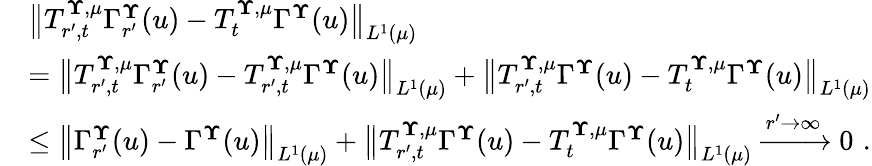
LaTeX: \begin{array}{rl}&{\bigl\| T_{r^{\prime},t}^{{\mathbf\Upsilon},{\mu}}\Gamma_{r^{\prime}}^{{\mathbf\Upsilon}}(u)-T_{t}^{{\mathbf\Upsilon},{\mu}}\Gamma^{{\mathbf\Upsilon}}(u)\bigr\| _{L^{1}({\mu})}}\\ &{=\bigl\| T_{r^{\prime},t}^{{\mathbf\Upsilon},{\mu}}\Gamma_{r^{\prime}}^{{\mathbf\Upsilon}}(u)-T_{r^{\prime},t}^{{\mathbf\Upsilon},{\mu}}\Gamma^{{\mathbf\Upsilon}}(u)\bigr\| _{L^{1}({\mu})}+\bigl\| T_{r^{\prime},t}^{{\mathbf\Upsilon},{\mu}}\Gamma^{{\mathbf\Upsilon}}(u)-T_{t}^{{\mathbf\Upsilon},{\mu}}\Gamma^{{\mathbf\Upsilon}}(u)\bigr\| _{L^{1}({\mu})}}\\ &{\le\bigl\| \Gamma_{r^{\prime}}^{{\mathbf\Upsilon}}(u)-\Gamma^{{\mathbf\Upsilon}}(u)\bigr\| _{L^{1}({\mu})}+\bigl\| T_{r^{\prime},t}^{{\mathbf\Upsilon},{\mu}}\Gamma^{{\mathbf\Upsilon}}(u)-T_{t}^{{\mathbf\Upsilon},{\mu}}\Gamma^{{\mathbf\Upsilon}}(u)\bigr\| _{L^{1}({\mu})}\xrightarrow{r^{\prime}\to\infty}0\, \, \mathrm{.}}\end{array}